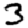
Digit: 3